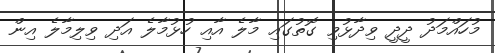
މުހައްމަދު ދީދީ ވިދާޅުވި ގޮތުގައި މާލެ އާއި ހުޅުމާލެ އަދި ވިލިމާލެ އިން